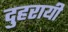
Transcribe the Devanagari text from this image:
दुहरायी